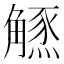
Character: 𧤲